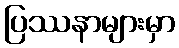
ပြဿနာများမှာ